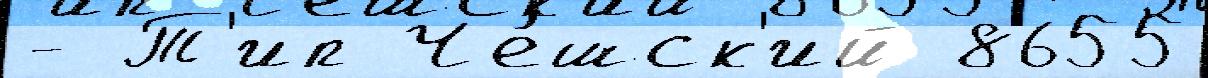
- Т'ип Че́шск'ий 8655